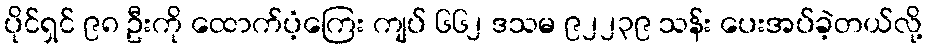
ပိုင်ရှင် ၉၈ ဦးကို ထောက်ပံ့ကြေး ကျပ် ၆၆၂ ဒသမ ၉၂၂၃၉ သန်း ပေးအပ်ခဲ့တယ်လို့